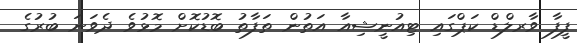
ފީފާ ވާރލްޑް ކަޕްގައި ޓިއުނީޝިއާ އަތުން ތަފާތު ބޮޑުކޮށް މޮޅުވެ ދެވަނަ ބުރުގެ